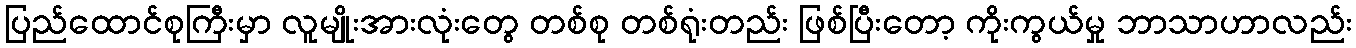
ပြည်ထောင်စုကြီးမှာ လူမျိုးအားလုံးတွေ တစ်စု တစ်ရုံးတည်း ဖြစ်ပြီးတော့ ကိုးကွယ်မှု ဘာသာဟာလည်း